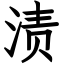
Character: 渍